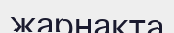
жарнақта